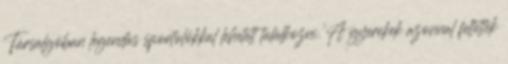
Társalgóban legendás sportolókkal lehetett találkozni. A gyerekek azonnal feltették